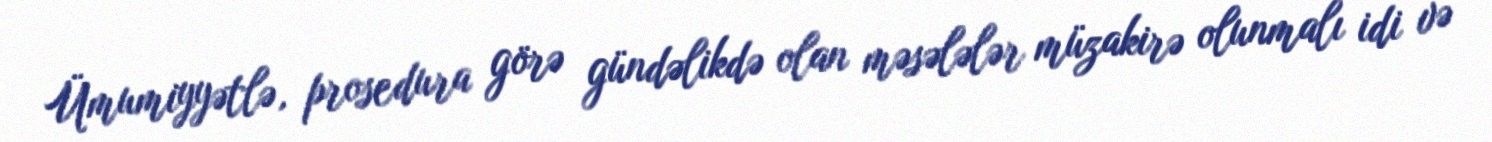
Ümumiyyətlə, prosedura görə gündəlikdə olan məsələlər müzakirə olunmalı idi və